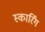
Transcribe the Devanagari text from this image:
स्कार्रिंग